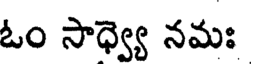
ఓం సాధ్వ్యె నమః